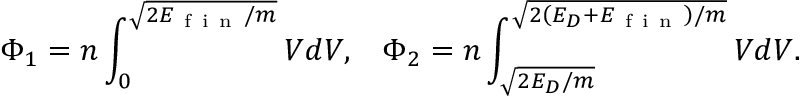
\Phi _ { 1 } = n \int _ { 0 } ^ { \sqrt { 2 E _ { \mathrm { ~ f ~ i ~ n ~ } } / m } } V d V , \; \; \; \Phi _ { 2 } = n \int _ { \sqrt { 2 E _ { D } / m } } ^ { \sqrt { 2 \left( E _ { D } + E _ { \mathrm { ~ f ~ i ~ n ~ } } \right) / m } } V d V .